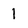
Character: 1